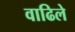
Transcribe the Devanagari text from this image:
वाढिले